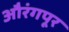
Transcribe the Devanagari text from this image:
औरंगपूर